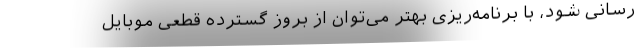
‌رسانی شود، با برنامه‌ریزی بهتر می‌توان از بروز گسترده قطعی موبایل